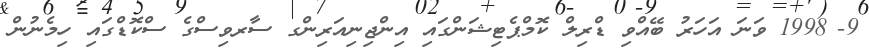
9-	1998 ވަނަ އަހަރު ބޭއްވި ޑްރިލް ކޮމްޕެޓިޝަންގައި އިންޖިނިއަރިންގ ސާރވިސްގެ ސްކޮޑްގައި ހިމެނުން